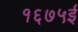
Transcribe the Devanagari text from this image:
१६७५ई